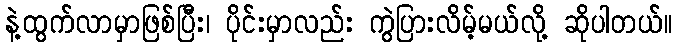
နဲ့ထွက်လာမှာဖြစ်ပြီး၊ ပိုင်းမှာလည်း ကွဲပြားလိမ့်မယ်လို့ ဆိုပါတယ်။